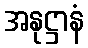
အနုဋ္ဌာနံ